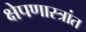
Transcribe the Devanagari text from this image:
क्षेपणास्त्रांत